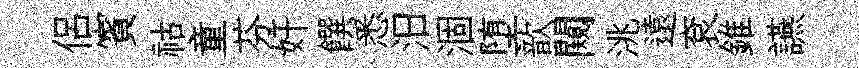
侶賓祜童芬奸饌悉汨涸堕歆闚洮遠袞錐讌